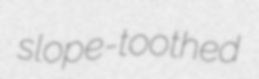
slope-toothed